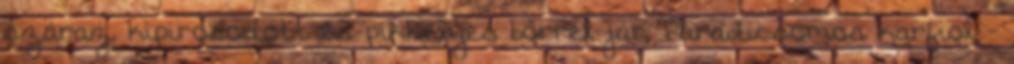
száraz, kipirosodott és pikkelyes bőrrel jár. Paradicsomos karfiol -